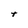
Character: t